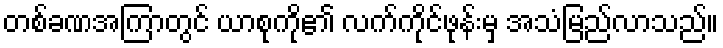
တစ်ခဏအကြာတွင် ယာစုကို၏ လက်ကိုင်ဖုန်းမှ အသံမြည်လာသည်။